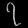
Digit: ၇